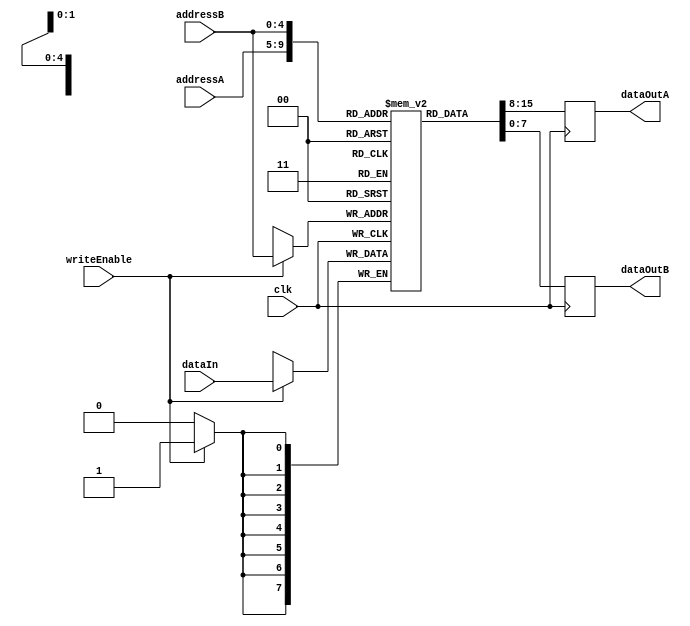
module Register_File (
    input [4:0] addressA, // Address for read operation
    input [4:0] addressB, // Address for write operation
    input [7:0] dataIn,   // Data to be written
    input writeEnable,    // Write enable signal
    output reg [7:0] dataOutA, // Data read from addressA
    output reg [7:0] dataOutB, // Data read from addressB
    input clk  // Clock signal
);

reg [7:0] registers [31:0]; // Array of registers with 32 entries

always @(posedge clk) begin
    if (writeEnable) begin
        registers[addressB] <= dataIn;
    end
    dataOutA <= registers[addressA];
    dataOutB <= registers[addressB];
end

endmodule